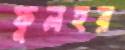
ফুলহর